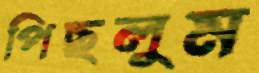
পিছলুম